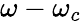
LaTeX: \omega-\omega_{c}